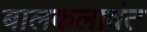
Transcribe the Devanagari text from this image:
बालकलावंत